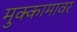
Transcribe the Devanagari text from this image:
मुक्कामावर